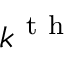
k ^ { \mathrm { ~ t ~ h ~ } }